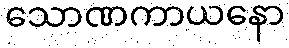
သောဏကာယနော